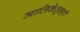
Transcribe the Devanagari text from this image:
मालिकेतूनही